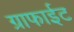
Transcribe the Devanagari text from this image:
ग्राफाईट